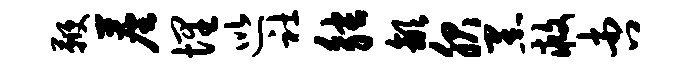
鞭尘埋巡社觖歙服黑救杏